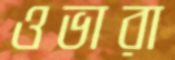
ওভারা